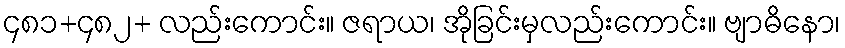
၄၈၁+၄၈၂+ လည်းကောင်း။ ဇရာယ၊ အိုခြင်းမှလည်းကောင်း။ ဗျာဓိနော၊